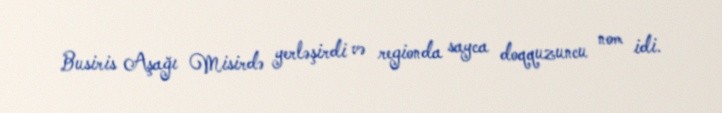
Busiris Aşağı Misirdə yerləşirdi və regionda sayca doqquzuncu nom idi.